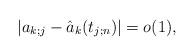
LaTeX: \begin{align*} |a_{k;j} - \hat{a}_k(t_{j;n})|=o(1),\end{align*}